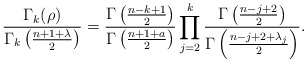
\begin{align*} \frac{\Gamma_k(\rho)}{\Gamma_k\left(\frac{n+1+\lambda}{2}\right)} & =\frac{\Gamma\left(\frac{n-k+1}{2}\right)}{\Gamma\left(\frac{n+1+a}{2}\right)}\prod_{j=2}^k \frac{\Gamma\left(\frac{n-j+2}{2}\right)}{\Gamma\left(\frac{n-j+2+\lambda_j}{2}\right)}.\end{align*}